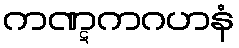
ကဏ္ဋကဂဟနံ